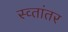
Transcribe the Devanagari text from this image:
स्व्तांतर